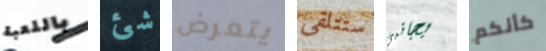
باللعبة شئ يتعرض ستتلقى بجانبي كأنكم